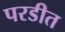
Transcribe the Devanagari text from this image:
परडीत